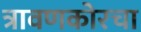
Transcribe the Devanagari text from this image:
त्रावणकोरचा